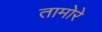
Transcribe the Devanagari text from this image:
तामोरे